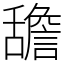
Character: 舚